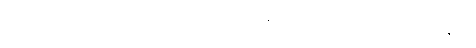
ကံကြောင့်ဖြစ်၏။ ပဋိသန္ဓိ သမုဋ္ဌိတော၊ ပဋိသန္ဓေအခါ၌ ဖြစ်ပေါ်၏။ ဣတ္ထိလိင်္ဂါဒီနိပန၊